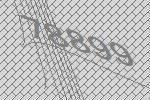
78899